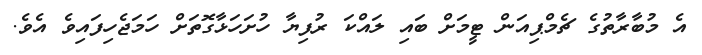
އެ މުބާރާތުގެ ޗެމްޕިއަން ޓީމަށް ބައި ލައްކަ ރުފިޔާ ހުށަހަޅާގޮތަށް ހަމަޖެހިފައިވެ އެވެ.